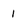
Character: 1